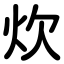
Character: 炊